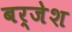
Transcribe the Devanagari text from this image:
बर्जेश